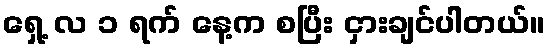
ရှေ့ လ ၁ ရက် နေ့က စပြီး ငှားချင်ပါတယ်။